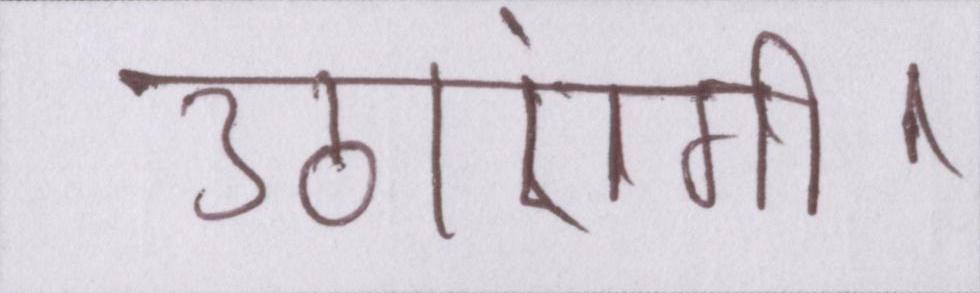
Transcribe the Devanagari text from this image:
उठाएंगी।